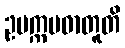
ဥပက္ကမဓာတူတိ